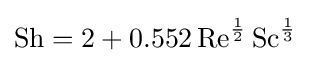
\mathrm {Sh} =2+0.552\,\mathrm {Re} ^{\frac {1}{2}}\,\mathrm {Sc} ^{\frac {1}{3}}